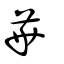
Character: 華